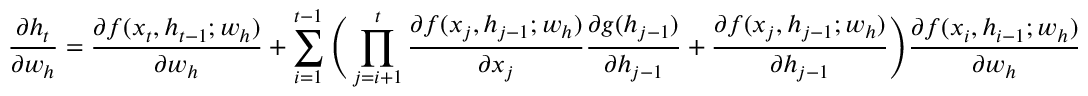
\frac { \partial h _ { t } } { \partial w _ { h } } = \frac { \partial f ( x _ { t } , h _ { t - 1 } ; w _ { h } ) } { \partial w _ { h } } + \sum _ { i = 1 } ^ { t - 1 } \Bigg ( \prod _ { j = i + 1 } ^ { t } \frac { \partial f ( x _ { j } , h _ { j - 1 } ; w _ { h } ) } { \partial x _ { j } } \frac { \partial g ( h _ { j - 1 } ) } { \partial h _ { j - 1 } } + \frac { \partial f ( x _ { j } , h _ { j - 1 } ; w _ { h } ) } { \partial h _ { j - 1 } } \Bigg ) \frac { \partial f ( x _ { i } , h _ { i - 1 } ; w _ { h } ) } { \partial w _ { h } }